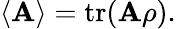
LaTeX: \langle\mathbf{A}\rangle=\operatorname{tr}(\mathbf{A}\rho).